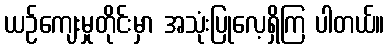
ယဉ်ကျေးမှုတိုင်းမှာ အသုံးပြုလေ့ရှိကြ ပါတယ်။